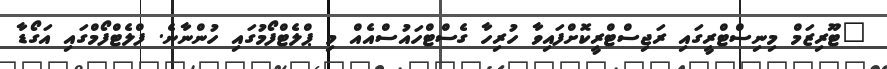
"ޓޫރިޒަމް މިނިސްޓްރީގައި ރަޖިސްޓްރީކޮށްފައިވާ ހުރިހާ ގެސްޓްހައުސްއެއް މި ޕްލެޓްފޯމުގައި ހުންނާނެ. ފްލެޓްފޯމްގައި އަގޯޑާ